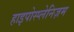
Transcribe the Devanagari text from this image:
हाइपोस्प्लेनिज़म